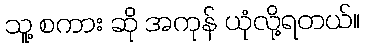
သူ့ စကား ဆို အကုန် ယုံလို့ရတယ်။